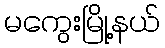
မကွေးမြို့နယ်